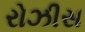
રોઝીસ